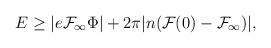
\begin{align*}E\ge | e{\cal F}_\infty\Phi|+ 2\pi |n({\cal F}(0)-{\cal F}_\infty)|,\end{align*}